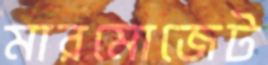
মারমোজেট